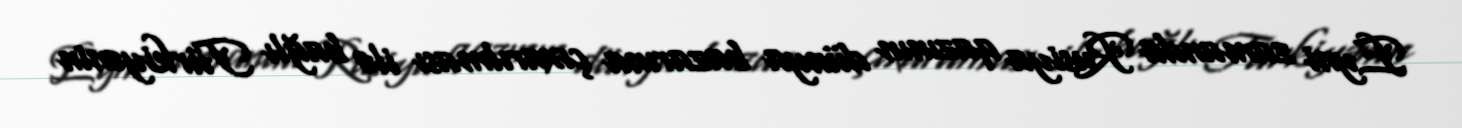
Eyni zamanda Rusiya qazının dünya bazarına çıxarılması ilə bağlı Türkiyənin